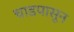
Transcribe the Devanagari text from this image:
चाडपासून